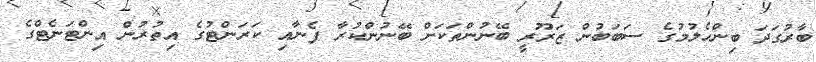
ބާރުގަދަ ބިންހެލުމުގެ ސަބަބުން ޒަރޫރީ ބޭނުންތަކަށް ބޭނުންކުރާ ފެނާއި ކަރަންޓުގެ އިތުރުން އިންޓަނެޓްގެ